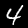
Digit: 4